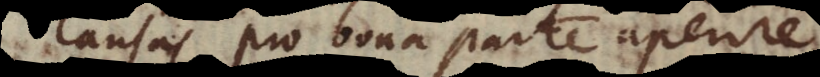
causas pro bona parte aperire